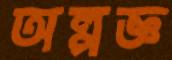
অল্পজ্ঞ